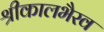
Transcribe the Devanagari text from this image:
श्रीकालभैरव